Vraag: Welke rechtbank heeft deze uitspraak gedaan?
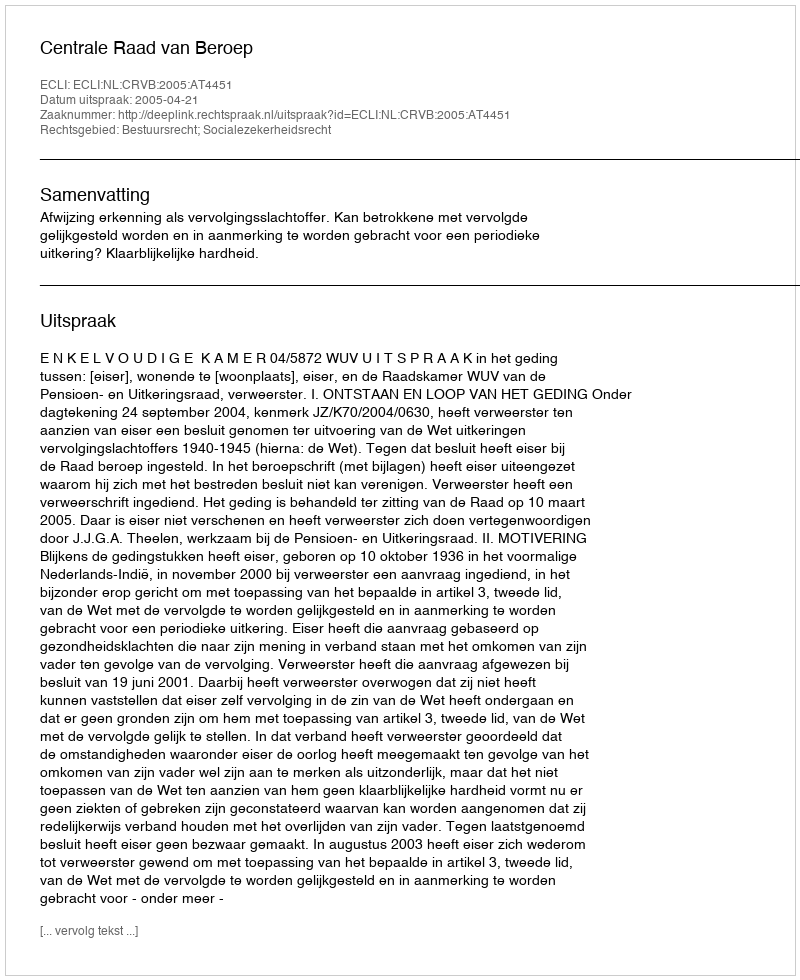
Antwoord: Centrale Raad van Beroep